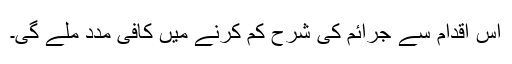
اس اقدام سے جرائم کی شرح کم کرنے میں کافی مدد ملے گی۔